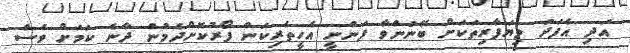
އަދި އެފަދަ ވިޔަފާރިތަކަށް ބޭނުންވާ ފަންނީ އެހީތެރިކަން ފޯރުކޮށްދެމުން ދާނެ ކަމަށް ވެސް